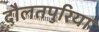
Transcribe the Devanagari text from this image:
दौलतपुरिया